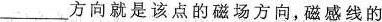
____方向就是该点的磁场方向，磁感线的